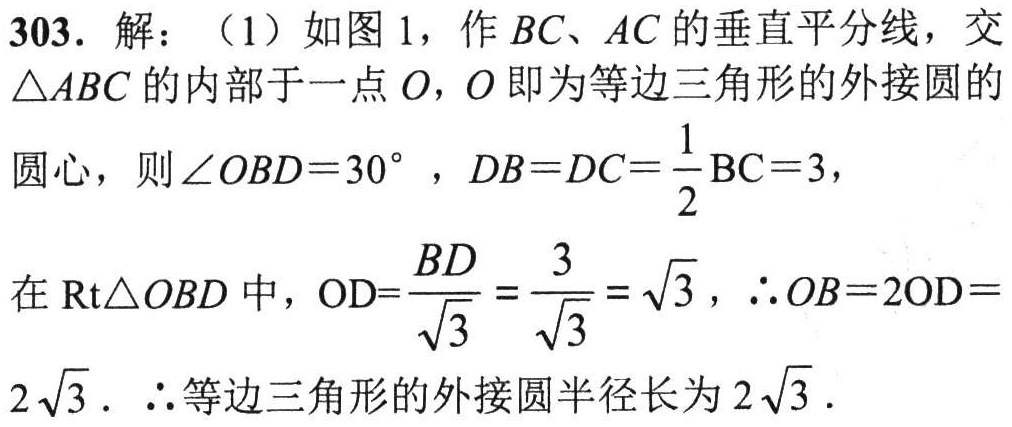
303. 解：（1）如图1，作 \(BC\)、\(AC\) 的垂直平分线，交 \(\triangle ABC\) 的内部于一点 \(O\)，\(O\) 即为等边三角形的外接圆的圆心，则 \(\angle OBD = 30^{\circ}\)，\(DB = DC=\frac{1}{2}BC = 3\)，
在 \(\text{Rt}\triangle OBD\) 中，\(OD = \frac{BD}{\sqrt{3}}=\frac{3}{\sqrt{3}}=\sqrt{3}\)，\(\therefore OB = 2OD = 2\sqrt{3}\). \(\therefore\) 等边三角形的外接圆半径长为 \(2\sqrt{3}\).